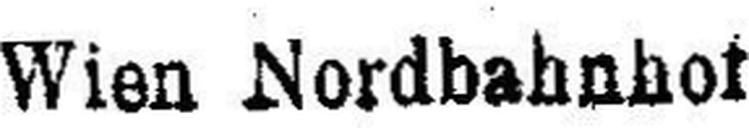
Wien Nordbahnhof